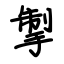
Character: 掣